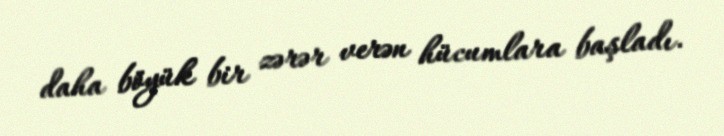
daha böyük bir zərər verən hücumlara başladı.